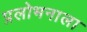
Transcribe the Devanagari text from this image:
प्रलोभनाला